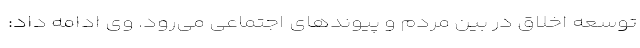
توسعه اخلاق در بین مردم و پیوند‌های اجتماعی می‌رود. وی ادامه داد: